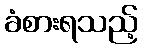
ခံစားရသည့်